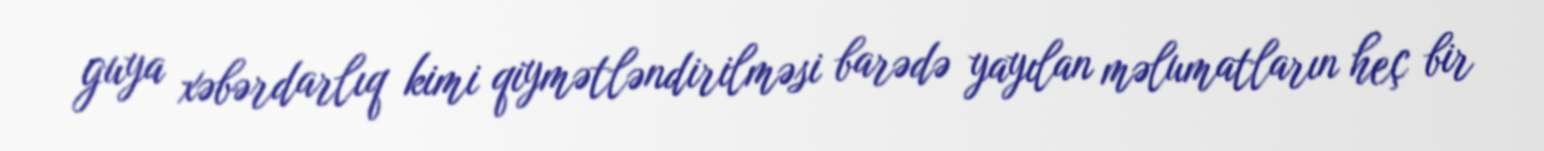
guya xəbərdarlıq kimi qiymətləndirilməsi barədə yayılan məlumatların heç bir